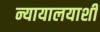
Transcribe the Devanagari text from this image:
न्यायालयाशी